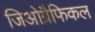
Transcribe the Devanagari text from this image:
जिओग्रैफिकल